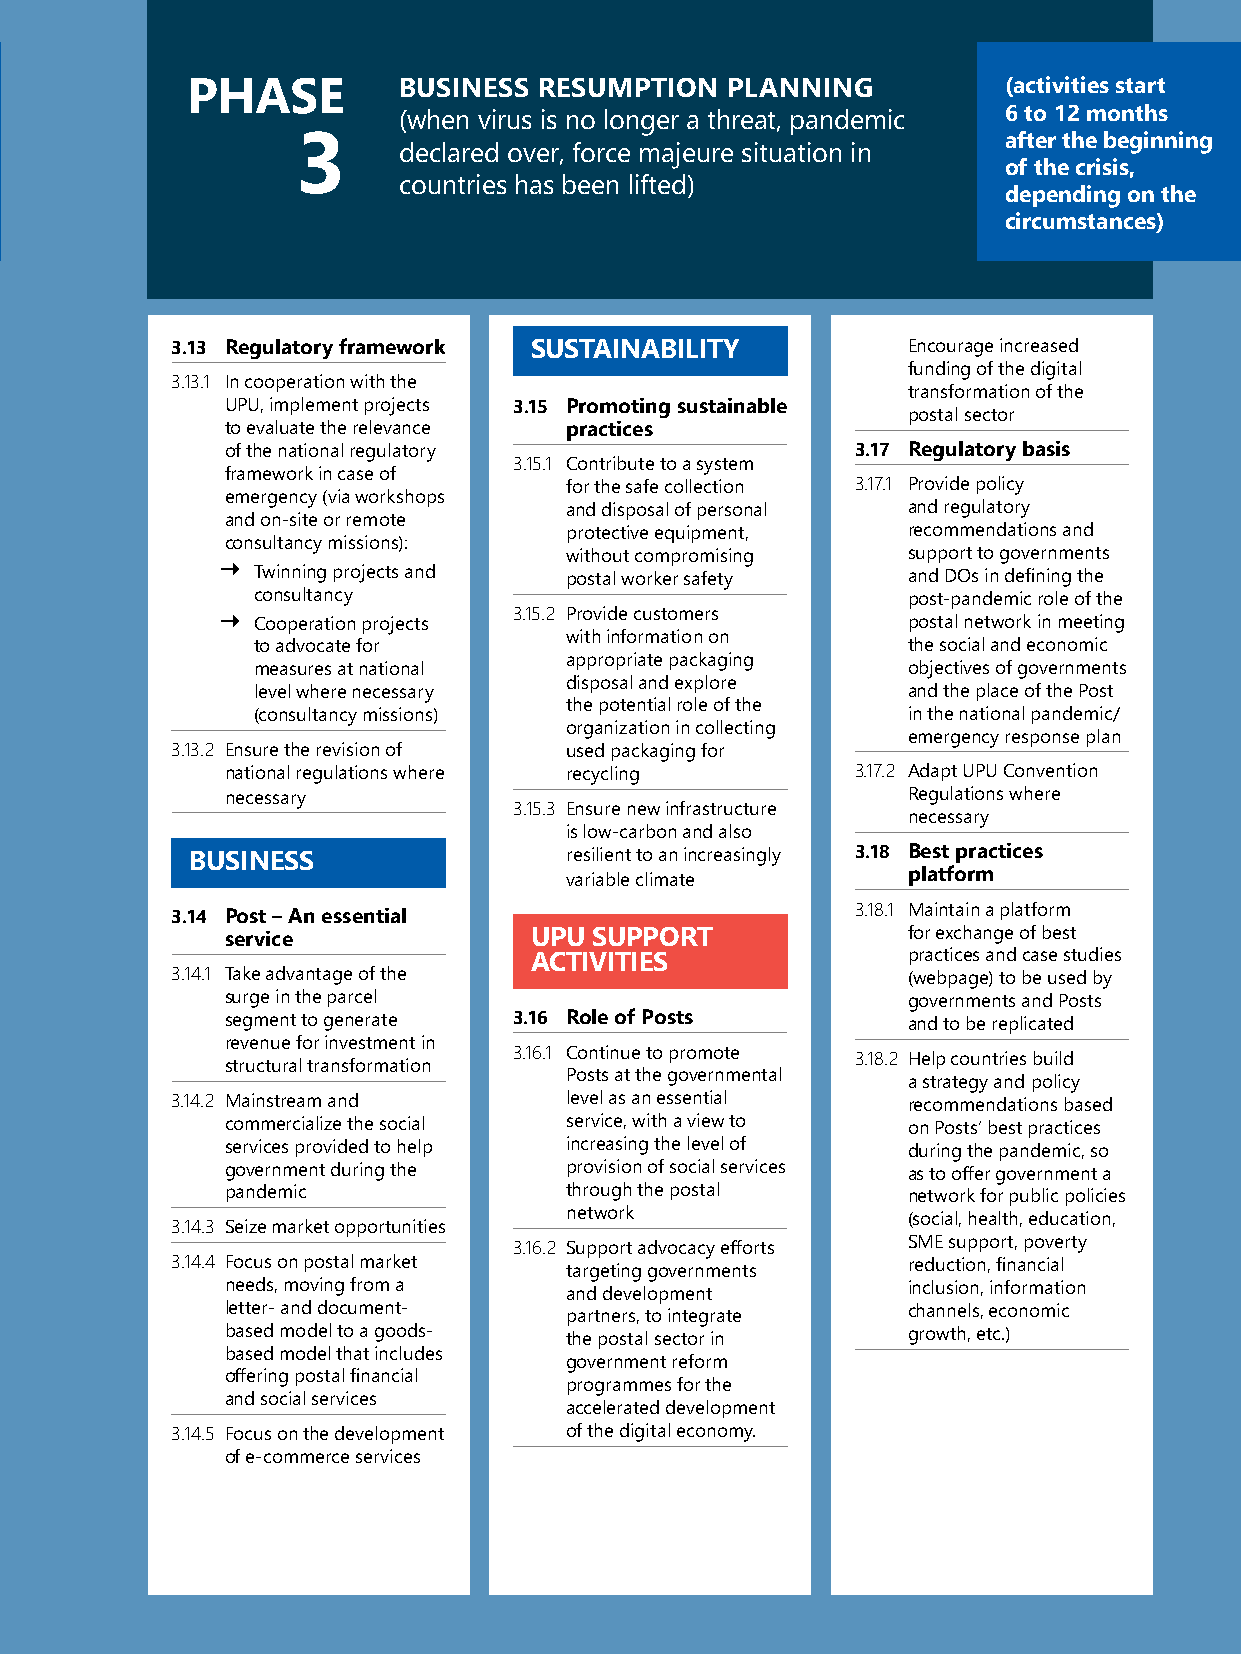
Chapter X: Business resumption plan development | 73
 PHASE         BUSINESS  RESUMPTION  PLANNING          (activities start
 (when virus is no longer a threat, pandemic 6 to 12 months
 after the beginning
 3     declared over, force majeure situation in
 of the crisis,
 countries has been lifted)
 depending on the
 circumstances)
 3.13 Regulatory framework SUSTAINABILITY         Encourage increased
 funding of the digital
 3.13.1 In cooperation with the
 transformation of the
 UPU, implement projects 3.15 Promoting sustainable
 postal sector
 to evaluate the relevance practices
 of the national regulatory                3.17 Regulatory basis
 3.15.1 Contribute to a system
 framework in case of
 for the safe collection 3.17.1 Provide policy
 emergency (via workshops
 and disposal of personal and regulatory
 and on-site or remote
 protective equipment,  recommendations and
 consultancy missions):
 without compromising   support to governments
 
 Twinning projects and postal worker safety and DOs in defining the
 consultancy                                post-pandemic role of the
 
 Cooperation projects
 3.15.2 Provide customers
 postal network in meeting
 with information on
 to advocate for                            the social and economic
 appropriate packaging
 measures at national                       objectives of governments
 disposal and explore
 level where necessary                      and the place of the Post
 the potential role of the
 (consultancy missions)                     in the national pandemic/
 organization in collecting
 emergency response plan
 3.13.2 Ensure the revision of used packaging for
 national regulations where recycling      3.17.2 Adapt UPU Convention
 necessary                                    Regulations where
 3.15.3 Ensure new infrastructure
 necessary
 is low-carbon and also
 BUSINESS                resilient to an increasingly 3.18 Best practices
 variable climate       platform
 3.18.1 Maintain a platform
 3.14 Post – An essential
 service             UPU SUPPORT              for exchange of best
 ACTIVITIES               practices and case studies
 3.14.1 Take advantage of the                     (webpage) to be used by
 surge in the parcel                          governments and Posts
 segment to generate 3.16 Role of Posts       and to be replicated
 revenue for investment in
 3.16.1 Continue to promote 3.18.2 Help countries build
 structural transformation
 Posts at the governmental
 a strategy and policy
 3.14.2 Mainstream and     level as an essential  recommendations based
 commercialize the social service, with a view to on Posts’ best practices
 services provided to help increasing the level of during the pandemic, so
 government during the provision of social services as to offer government a
 pandemic              through the postal     network for public policies
 network
 (social, health, education,
 3.14.3 Seize market opportunities
 3.16.2 Support advocacy efforts SME support, poverty
 3.14.4 Focus on postal market targeting governments reduction, financial
 needs, moving from a  and development        inclusion, information
 letter- and document- partners, to integrate channels, economic
 based model to a goods- the postal sector in growth, etc.)
 based model that includes
 government reform
 offering postal financial
 programmes for the
 and social services
 accelerated development
 3.14.5 Focus on the development of the digital economy.
 of e-commerce services